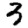
Digit: 3